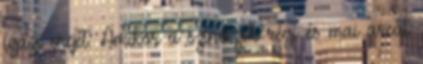
igazi erejét. Amikor a színészek régi és mai arcát